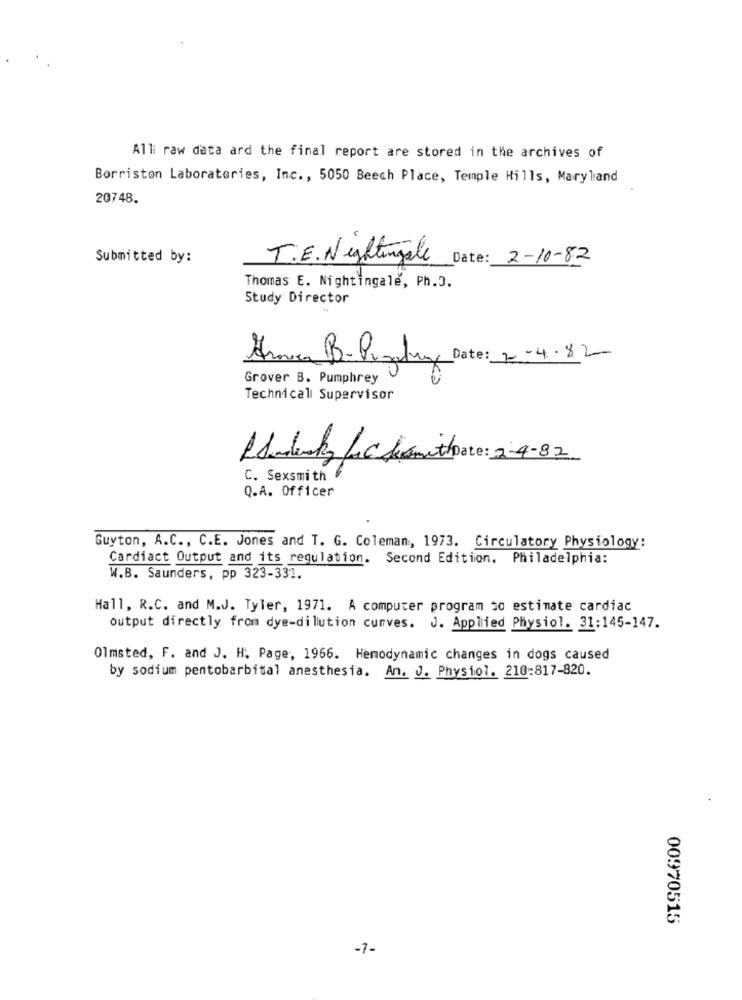
Alli raw data ard the final report are stored in the archives of
Borriston Laboratories, Inc ., 5050 Beech Place, Temple Hills, Maryland
20748.
Submitted by:
T.E. Nightingale
Date: 2-10-82
Thomas E. Nightingale, Ph.D.
Study Director
Arnica B.Punaday Date: 2-4.82
Grover B. Pumphrey
Technical Supervisor
Hunderty Lac damithote: 2-4-82
C. Sexsmith
Q.A. Officer
Guyton, A.C ., C.E. Jones and T. G. Coleman, 1973. Circulatory Physiology:
Cardiact Output and its regulation. Second Edition. Philadelphia:
W.B. Saunders, pp 323-331.
Hall, R.C. and M.J. Tyler, 1971. A computer program so estimate cardiac
output directly from dye-dilution curves. J. Applied Physiol. 31:145-147.
Olmsted, F. and J. H. Page, 1966. Hemodynamic changes in dogs caused
by sodium pentobarbital anesthesia. An. J. Physiol. 210:817-820.
00970515
-7-